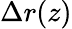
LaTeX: \Delta r(z)